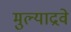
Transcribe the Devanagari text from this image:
मुल्याद्रवे